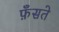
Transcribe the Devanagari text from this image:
फ़ँसते